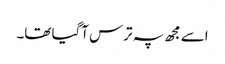
اسے مجھ پہ ترس آگیا تھا۔